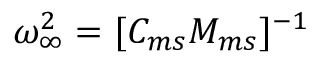
\omega _ { \infty } ^ { 2 } = [ C _ { m s } M _ { m s } ] ^ { - 1 }